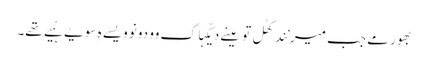
بھور مے جب میرِ نِند کھُلِ تو مینے دیکّہا کِ وو دونو ویسے ہِ سویے ہُیے تھے۔